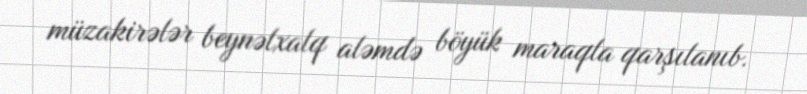
müzakirələr beynəlxalq aləmdə böyük maraqla qarşılanıb.